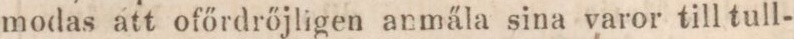
modas att ofőrdrőjligen anmäla sina varor till tull-